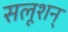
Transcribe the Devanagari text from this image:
सलूशन्